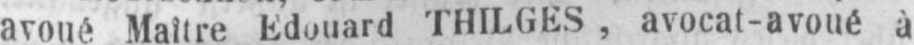
avoué Maître Edouard THILGES, avocat-avoué à